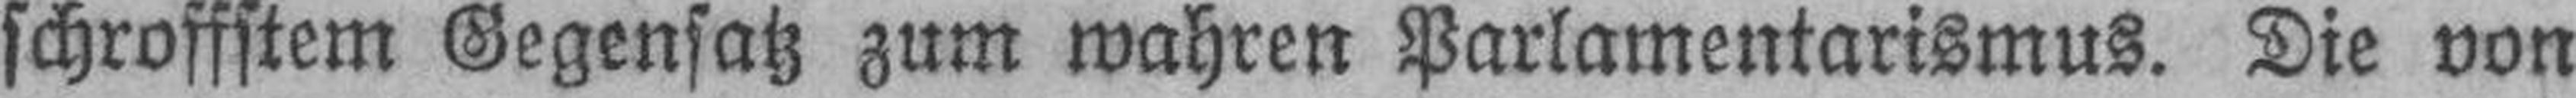
schroffstem Gegensatz zum wahren Parlamentarismus. Die von